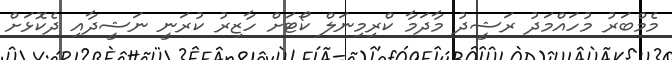
މެމްބަރު މުހައްމަދު ރަޝީދު މާދަމާ ކްރިމިނަލް ކޯޓަށް ހާޒިރު ކުރަނީ ނަޝީދާއި ދެކޮޅަށް